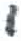
אות: י